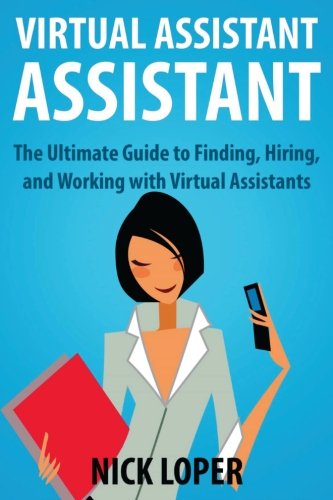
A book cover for Virtual Assistant Assistant: The Ultimate Guide to Finding, Hiring, and Working with Virtual Assistants; Nick Loper; Business & Money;